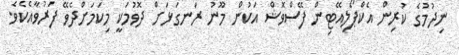
ނިދުމުގެ ކުރިން އެކްޕޯލިއޭޓިން ފޭސްވޮޝް އަކުން މޫނު ރަނގަޅަށް ދޮވުމަކީ މިކަމަށްދެވޭ ފަރުވާއެކެވެ.